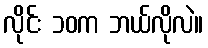
လိုင်း ၁၀က ဘယ်လိုလဲ။